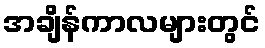
အချိန်ကာလများတွင်